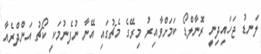
ލަނޑު ޖަހައިދިނީ ރޮނާލްޑޯ ކަމަށްވާއިރު މިރޭގެ މެޗުގައި އޭނާ ނުފެނުމަކީ ކޯޗު އަންދްރެއާ